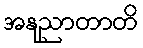
အနုညာတာတိ